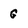
Character: G